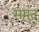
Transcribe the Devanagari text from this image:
समुंद